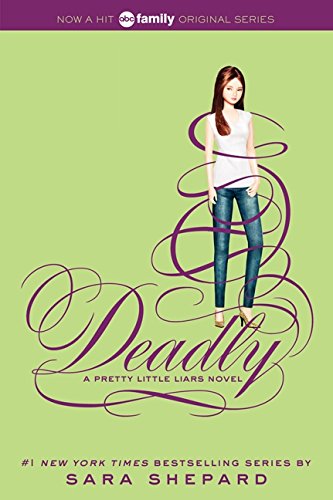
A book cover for Pretty Little Liars #14: Deadly; Sara Shepard; Teen & Young Adult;